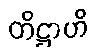
တိဋ္ဌာဟိ